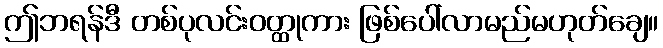
ဤဘရန်ဒီ တစ်ပုလင်းဝတ္ထုကား ဖြစ်ပေါ်လာမည်မဟုတ်ချေ။